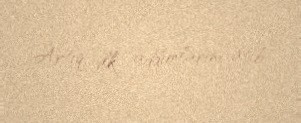
Artıq ilk addımlarını atıb.